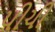
પીચી